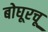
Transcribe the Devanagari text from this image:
बोघूरचू